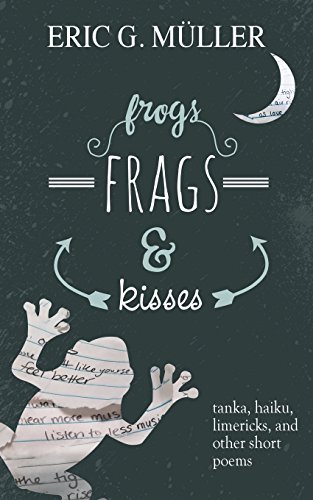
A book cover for frogs, frags & kisses: tanka, haiku, limericks and other short poems; Eric G. MÃ¼ller; Humor & Entertainment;